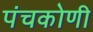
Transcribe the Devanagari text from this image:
पंचकोणी